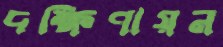
দক্ষিণায়ন